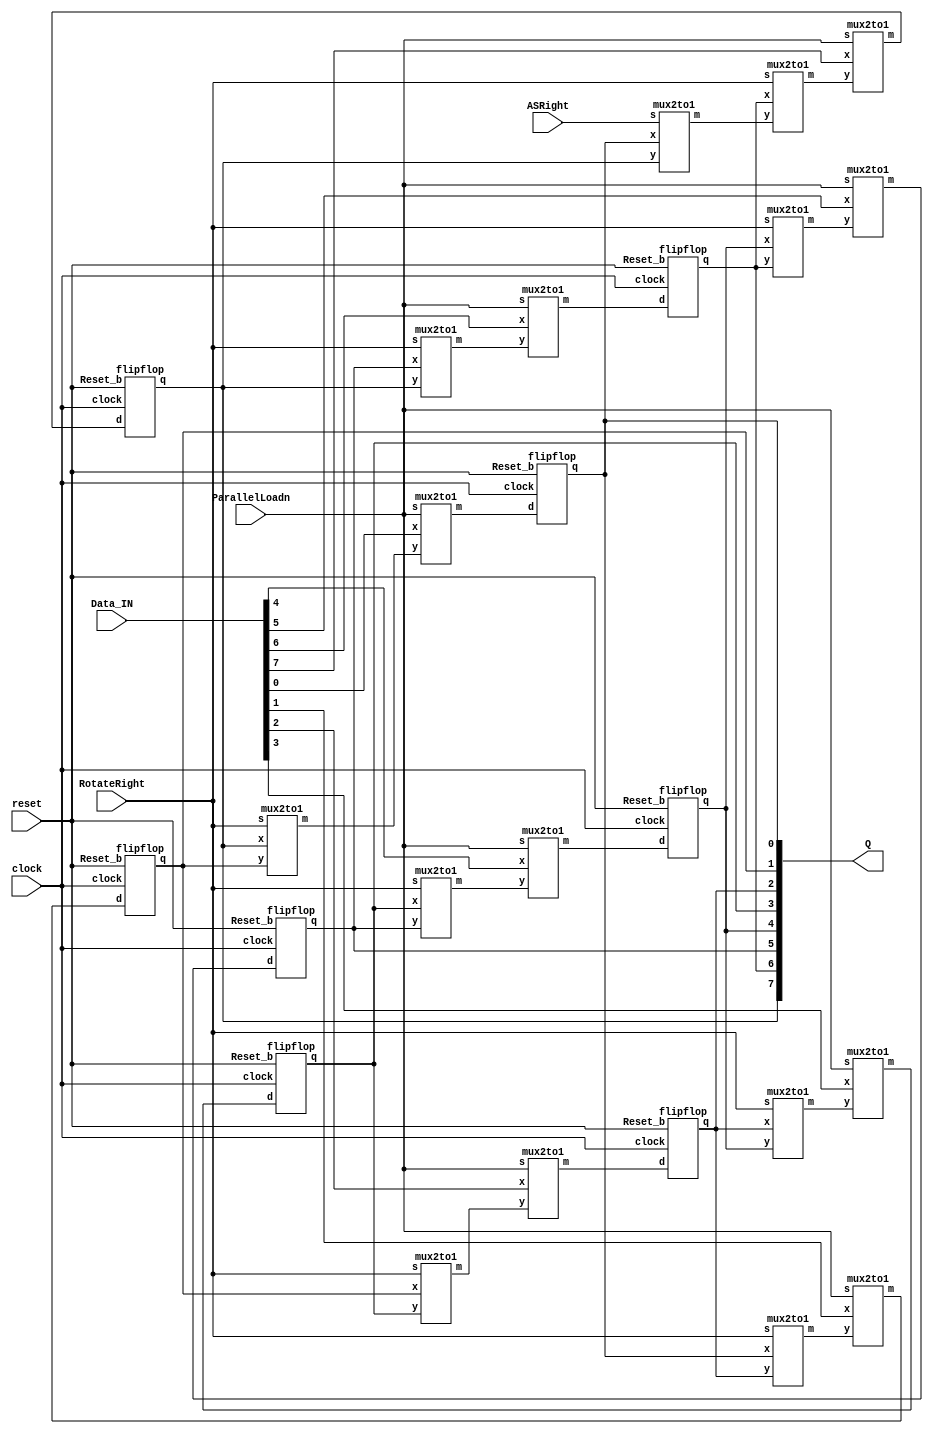

module part3(clock, reset, ParallelLoadn, RotateRight, ASRight, Data_IN, Q);
	input clock, reset, ParallelLoadn, RotateRight, ASRight;
	input [7:0] Data_IN;
	output [7:0] Q;
	wire [7:0] datato_dff;
	wire [7:0] rotatedata;
	wire arithmetic;
	
	mux2to1 M1(.x(Q[7]), .y(Q[1]), .s(RotateRight), .m(rotatedata[0]));
	mux2to1 M2(.x(Data_IN[0]), .y(rotatedata[0]), .s(ParallelLoadn), .m(datato_dff[0]));
	flipflop F0(.clock(clock), .Reset_b(reset), .q(Q[0]), .d(datato_dff[0]));
	
	mux2to1 M3(.x(Q[0]), .y(Q[2]), .s(RotateRight), .m(rotatedata[1]));
	mux2to1 M4(.x(Data_IN[1]), .y(rotatedata[1]), .s(ParallelLoadn), .m(datato_dff[1]));
	flipflop F1(.clock(clock), .Reset_b(reset), .q(Q[1]), .d(datato_dff[1]));

	mux2to1 M5(.x(Q[1]), .y(Q[3]), .s(RotateRight), .m(rotatedata[2]));
	mux2to1 M6(.x(Data_IN[2]), .y(rotatedata[2]), .s(ParallelLoadn), .m(datato_dff[2]));
	flipflop F2(.clock(clock), .Reset_b(reset), .q(Q[2]), .d(datato_dff[2]));

	mux2to1 M7(.x(Q[2]), .y(Q[4]), .s(RotateRight), .m(rotatedata[3]));
	mux2to1 M8(.x(Data_IN[3]), .y(rotatedata[3]), .s(ParallelLoadn), .m(datato_dff[3]));
	flipflop F3(.clock(clock), .Reset_b(reset), .q(Q[3]), .d(datato_dff[3]));

	mux2to1 M9(.x(Q[3]), .y(Q[5]), .s(RotateRight), .m(rotatedata[4]));
	mux2to1 M10(.x(Data_IN[4]), .y(rotatedata[4]), .s(ParallelLoadn), .m(datato_dff[4]));
	flipflop F4(.clock(clock), .Reset_b(reset), .q(Q[4]), .d(datato_dff[4]));

	mux2to1 M11(.x(Q[4]), .y(Q[6]), .s(RotateRight), .m(rotatedata[5]));
	mux2to1 M12(.x(Data_IN[5]), .y(rotatedata[5]), .s(ParallelLoadn), .m(datato_dff[5]));
	flipflop F5(.clock(clock), .Reset_b(reset), .q(Q[5]), .d(datato_dff[5]));

	mux2to1 M13(.x(Q[5]), .y(Q[7]), .s(RotateRight), .m(rotatedata[6]));
	mux2to1 M14(.x(Data_IN[6]), .y(rotatedata[6]), .s(ParallelLoadn), .m(datato_dff[6]));
	flipflop F6(.clock(clock), .Reset_b(reset), .q(Q[6]), .d(datato_dff[6]));

	mux2to1 M0(.x(Q[0]), .y(Q[7]), .s(ASRight), .m(arithmetic));
	mux2to1 M15(.x(Q[6]), .y(arithmetic), .s(RotateRight), .m(rotatedata[7]));
	mux2to1 M16(.x(Data_IN[7]), .y(rotatedata[7]), .s(ParallelLoadn), .m(datato_dff[7]));
	flipflop F7(.clock(clock), .Reset_b(reset), .q(Q[7]), .d(datato_dff[7]));

endmodule

module flipflop (clock, Reset_b, q, d);
	input d, clock, Reset_b;
	output reg q;
	
	always @(posedge clock)
	begin
		if (Reset_b == 1'b1)
			q <= 0;
		else
			q <= d;
	end
endmodule 

module mux2to1 (x, y, s, m);
	input x, y, s;
	output m;
	
	assign m = (s)? y: x;
	
endmodule